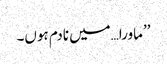
’’ماورا…میں نادم ہوں۔